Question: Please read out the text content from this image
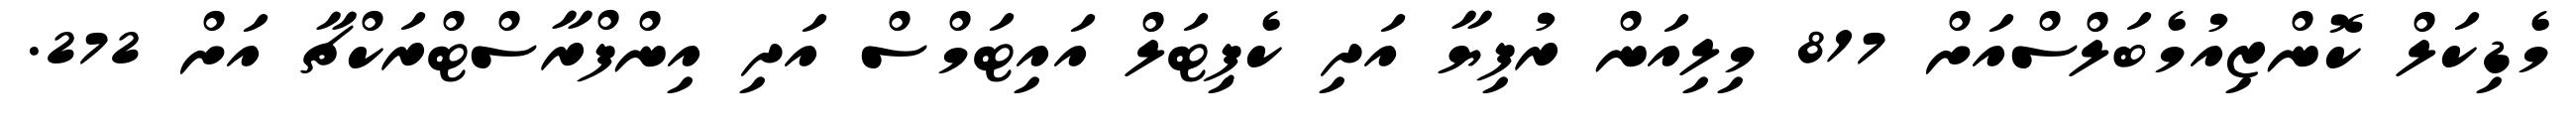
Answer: މެޑިކަލް ކޮންޒިއުމެބަލްސްއަށް 817 މިލިއަން ރުފިޔާ އަދި ކެޕިޓަލް އައިޓަމްސް އަދި އިންފްރާސްޓްރަކްޗާ އަށް 272.